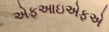
એફઆઇએફએ